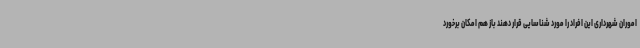
اموران شهرداری این افراد را مورد شناسایی قرار دهند باز هم امکان برخورد